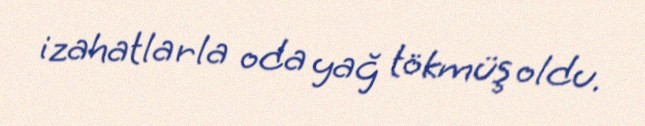
izahatlarla oda yağ tökmüş oldu.